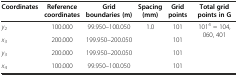
| Coordinates | Reference coordinates | Grid boundaries (m) | Spacing (mm) | Grid points | Total grid points in G |
 | --- | --- | --- | --- | --- | --- |
 | y2 | 100.000 | 99.950–100.050 | <ROWSPAN=4> 1.0 | 101 | <ROWSPAN=4> 1014 = 104, 060, 401 |
 | x3 | 200.000 | 199.950–200.050 | 101 |
 | y3 | 200.000 | 199.950–200.050 | 101 |
 | x4 | 100.000 | 99.950–100.050 | 101 |